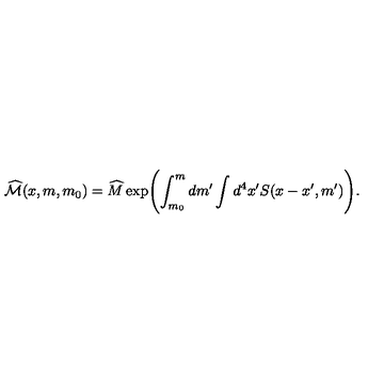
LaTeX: \widehat { { \cal M } } ( x , m , m _ { 0 } ) = \widehat { M } \exp \Biggl ( \int _ { m _ { 0 } } ^ { m } d m ^ { \prime } \int d ^ { 4 } x ^ { \prime } S ( x - x ^ { \prime } , m ^ { \prime } ) \Biggr ) .